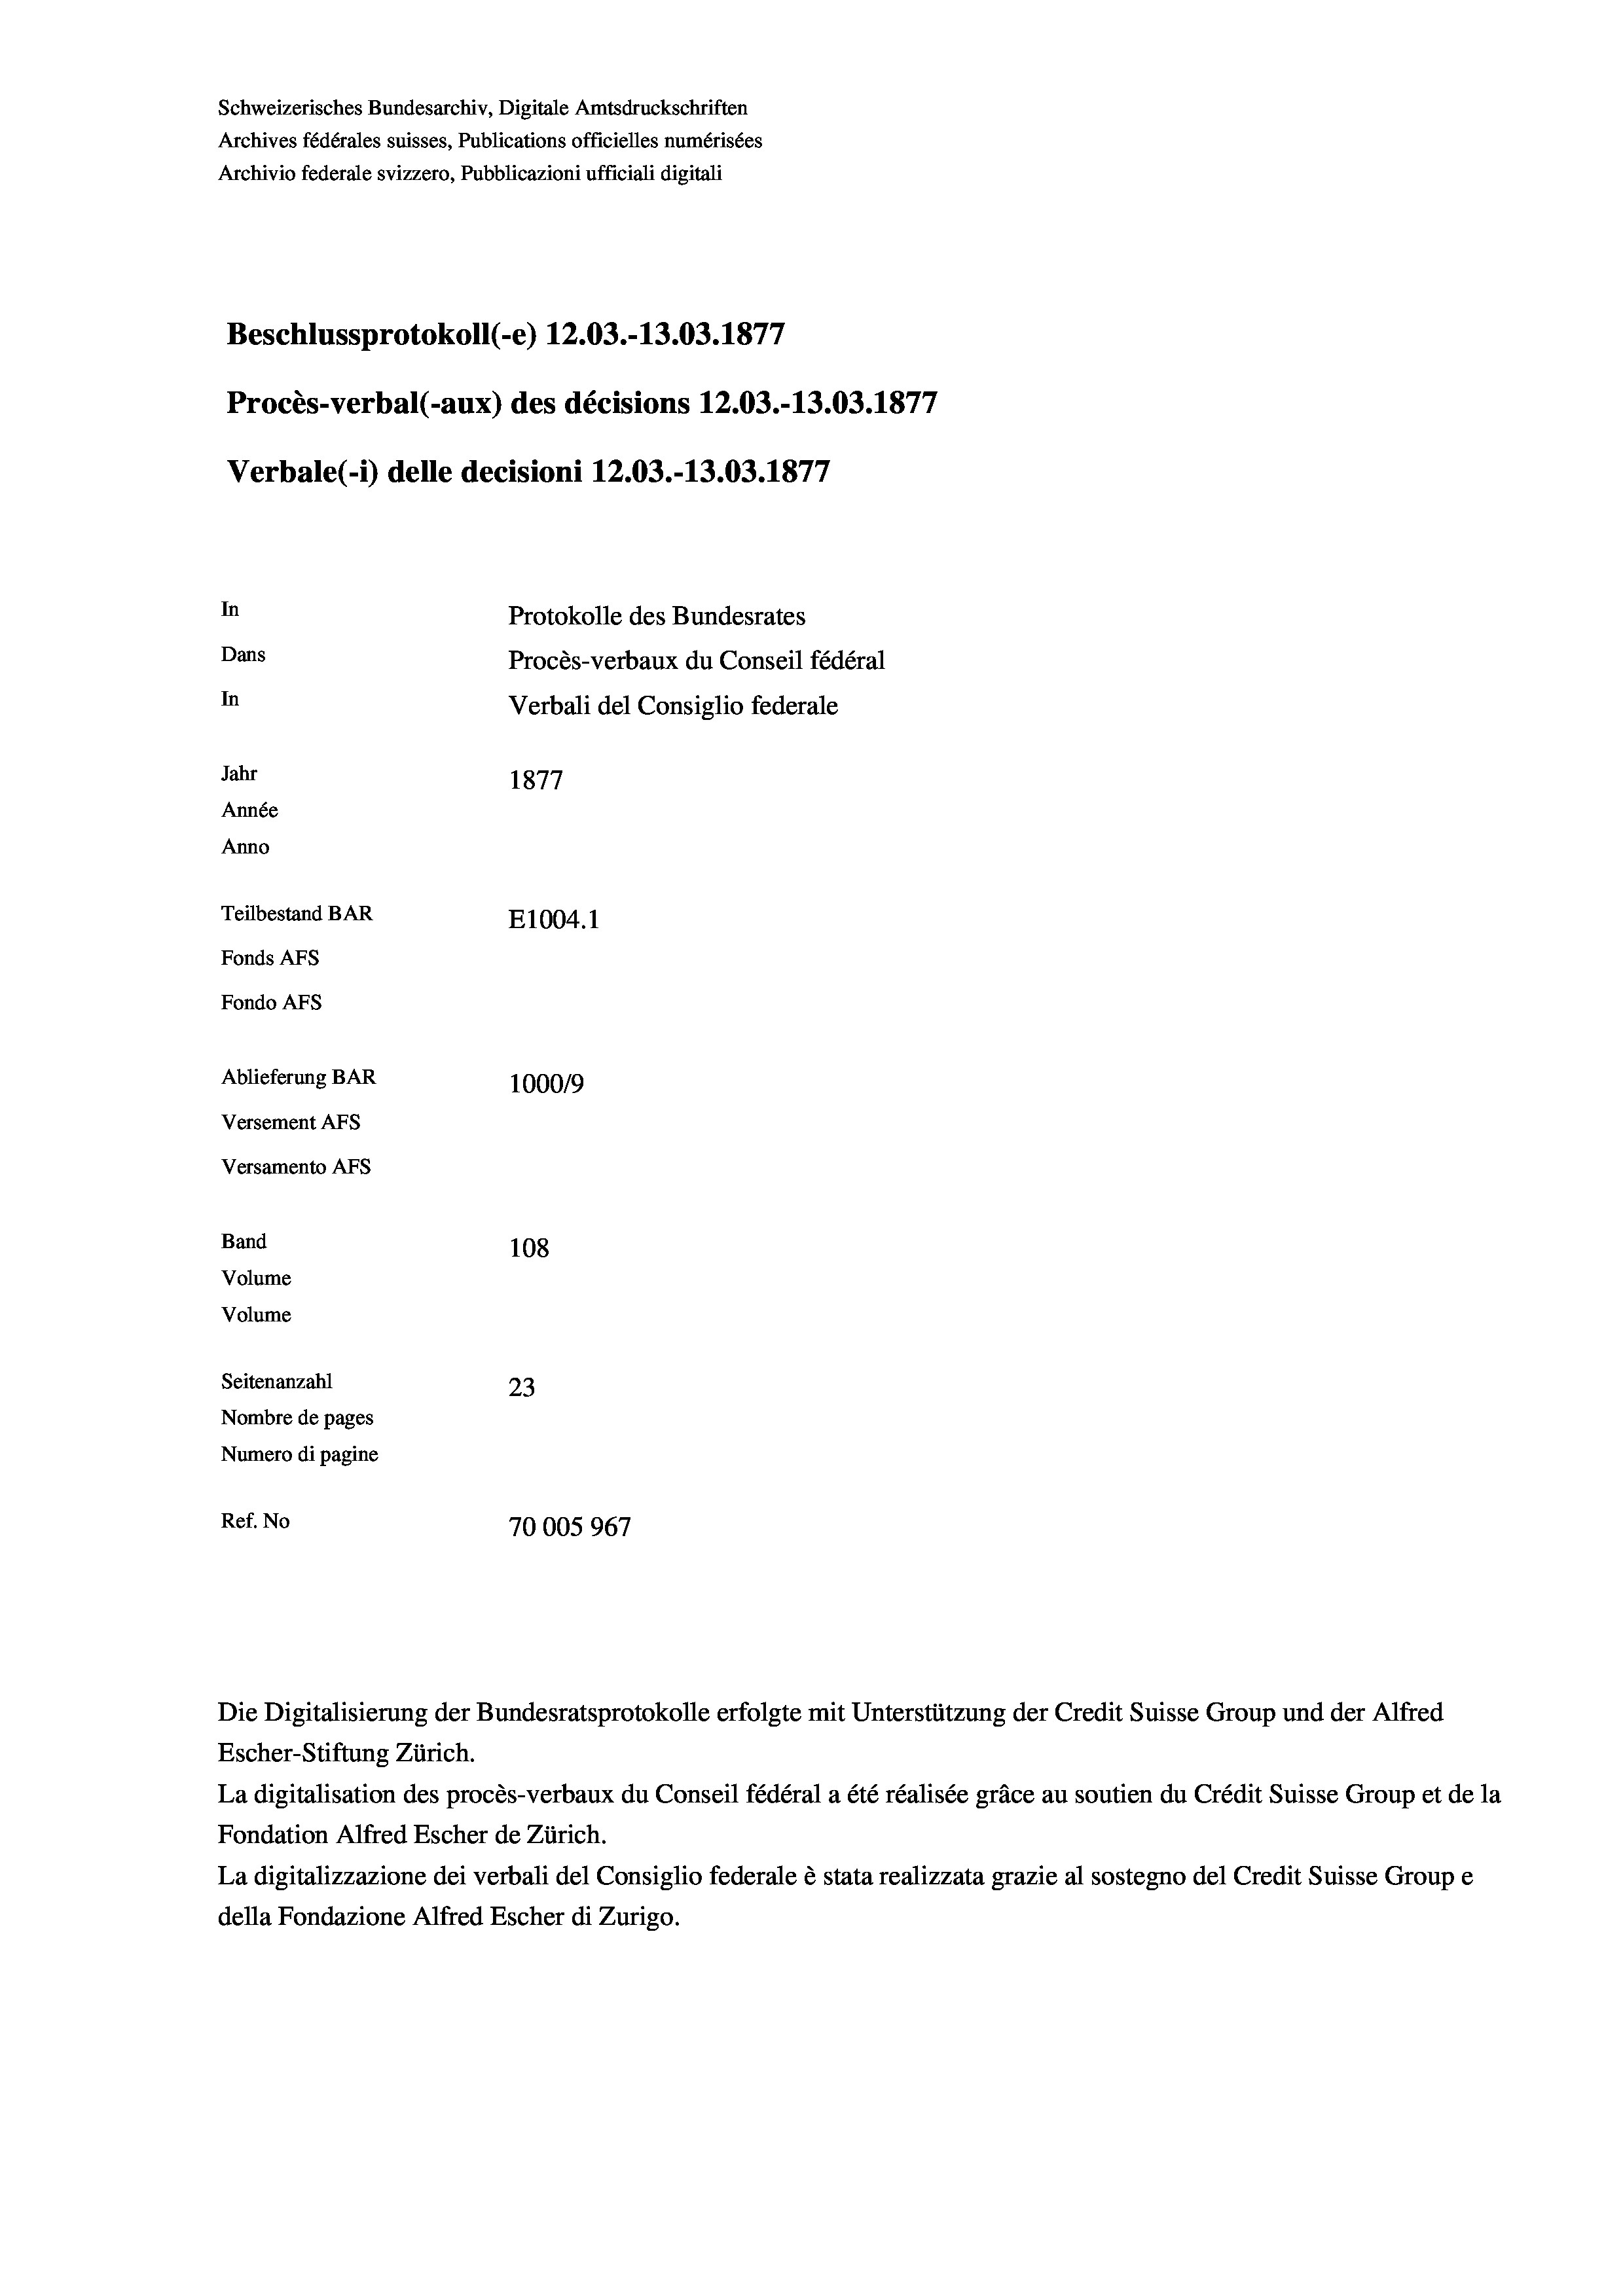
Beschlussprotokoll (-e) 12.03.-13.03. 1877
Procès-verbal (-aux) des décisions 12.03.-13.03. 1877
Protokolle des Bundesrates
Dans
Procès-verbaux du Conseil fédéral
In
Verbali del Consiglio federale
Jahr
1877
Année
Anno
Teilbestand BAR
E1004.1
Fonds AFs
Fondo AFS
Ablieferung BAR
100019
Versement AFs
Versamento Afs

In

Band
Volume
Volume
Seitenanzahl

Schweizerisches Bundesarchiv, Digitale Amtsdruckschriften
Archives fédérales suisses, Publications officielles numérisées
Archivio federale svizzero, Pubblicazioni ufficiali digitali

Verbale(-*) delle decisioni 12.03.-13.03. 1877

108
23
Nombre de pages
Numero di pagine
Ref. No
70005967

e

Escher-Stiftung Zürich.
La digitalisation des procès-verbaux du Conseil fédéral a été réalisée gräce au soutien du Crédit Suisse Group et de la
Fondation Alfred Escher de Zürich.
La digitalizzazione dei verbali del Consiglio federale è stata realizzata grazie al sostegno del Credit Suisse Groupe
della Fondazione Alfred Escher di Zurigo.

Die Digitalisierung der Bundesratsprotokolle erfolgte mit Unterstützung der Credit Suisse Group und der Alfred